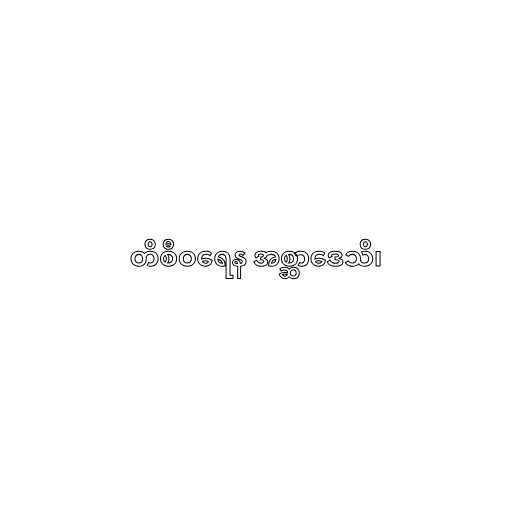
တိစီဝရေန အစ္ဆာဒေသိ၊